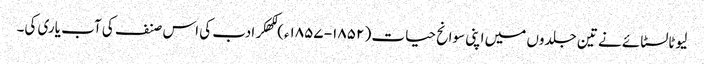
لیوٹالسٹائے نے تین جلدوں میں اپنی سوانح حیات ( ۱۸۵۲- ۱۸۵۷ء) لکھکر ادب کی اس صنف کی آب یاری کی۔